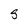
Character: S